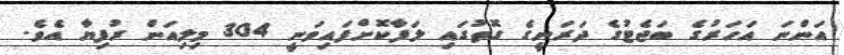
އަންނަ އަހަރުގެ ބަޖެޓުގެ ދަރަނީގެ ގޮތުގައި ލަފާކޮށްފައިވަނީ 304 މިލިއަން ރުފިޔާ އެވެ.